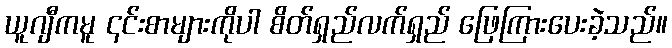
ယူဂျီကမူ ၎င်းစာများကိုပါ စိတ်ရှည်လက်ရှည် ဖြေကြားပေးခဲ့သည်။